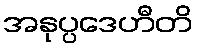
အနုပ္ပဒေဟီတိ